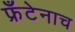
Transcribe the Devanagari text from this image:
फ्रँटेनाच